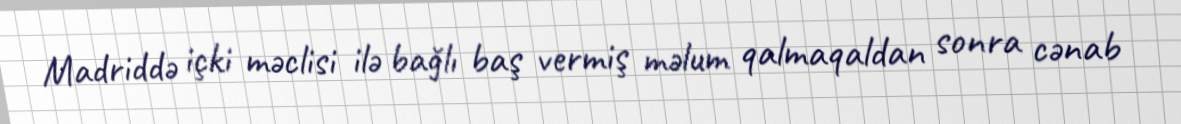
Madriddə içki məclisi ilə bağlı baş vermiş məlum qalmaqaldan sonra cənab